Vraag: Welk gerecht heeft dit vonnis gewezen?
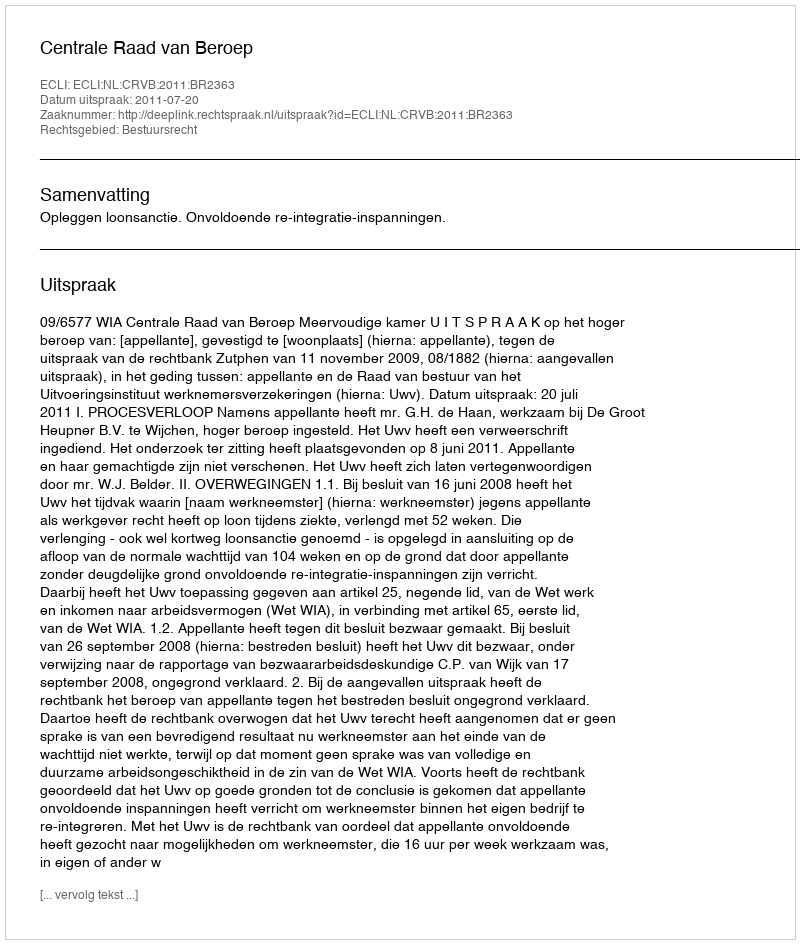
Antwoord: Centrale Raad van Beroep